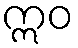
ဣဝ